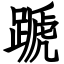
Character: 蹏